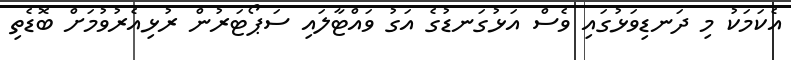
އެކަމަކު މި ދަނޑިވަޅުގައި ވެސް އަޅުގަނޑުގެ އަގު ވައްޓާލައި ސަޕޯޓަރުން ރުޅިއެރުވުމަށް ބޮޑެތި